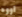
اووه